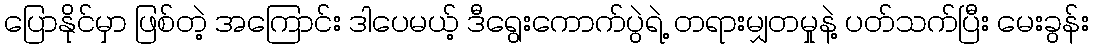
ပြောနိုင်မှာ ဖြစ်တဲ့ အကြောင်း ဒါပေမယ့် ဒီရွေးကောက်ပွဲရဲ့ တရားမျှတမှုနဲ့ ပတ်သက်ပြီး မေးခွန်း